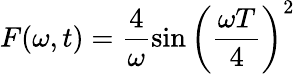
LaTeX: F(\omega,t)=\frac{4}{\omega}\sin\left(\frac{\omega T}{4}\right)^{2}